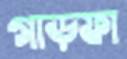
গাড়ফা